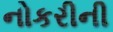
નોકરીની